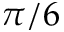
\pi / 6